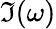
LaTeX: \Im(\omega)